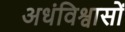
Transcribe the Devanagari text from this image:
अधंविश्वासों